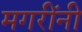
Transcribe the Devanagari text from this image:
मगरींनी